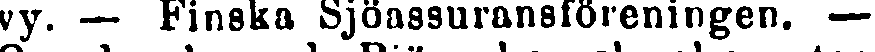
vy. — Finska Sjöassuransföreningen. —